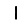
Digit: 1